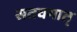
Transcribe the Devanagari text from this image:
सतवगात्